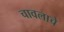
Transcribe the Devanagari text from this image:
चावलाचे